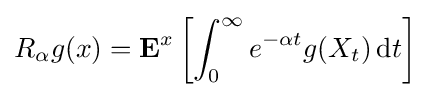
R_{\alpha }g(x)=\mathbf {E} ^{x}\left[\int _{0}^{\infty }e^{-\alpha t}g(X_{t})\,\mathrm {d} t\right]